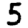
Digit: 5